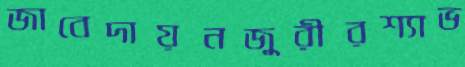
জাবেদায়নজুরীরশ্যাভ